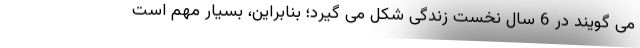
می گویند در 6 سال نخست زندگی شکل می گیرد؛ بنابراین، بسیار مهم است